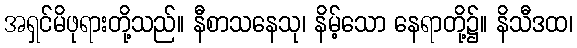
အရှင်မိဖုရားတို့သည်။ နီစာသနေသု၊ နိမ့်သော နေရာတို့၌။ နိသီဒထ၊